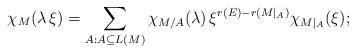
LaTeX: \begin{align*}\chi_M(\lambda\,\xi)=\sum_{A:A\subseteq L(M)} \chi_{M/A}(\lambda)\,\xi^{r(E)-r(M|_A)} \chi_{M|_A}(\xi);\end{align*}